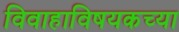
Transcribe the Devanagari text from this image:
विवाहाविषयकच्या